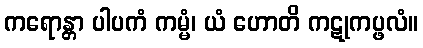
ကရောန္တာ ပါပကံ ကမ္မံ၊ ယံ ဟောတိ ကဋုကပ္ဖလံ။